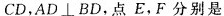
C D$$，AD⊥BD，点E，F分别是